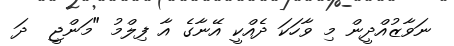
ނަވާޒުއްދީން މި ވާހަކަ ދެއްކީ އޭނާގެ އާ ފިލްމު "މަންޖީ  ދަ